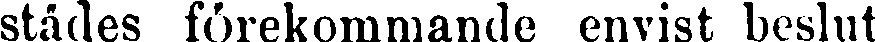
städes förekommande envist beslut